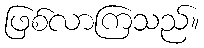
ဖြစ်လာကြသည်။